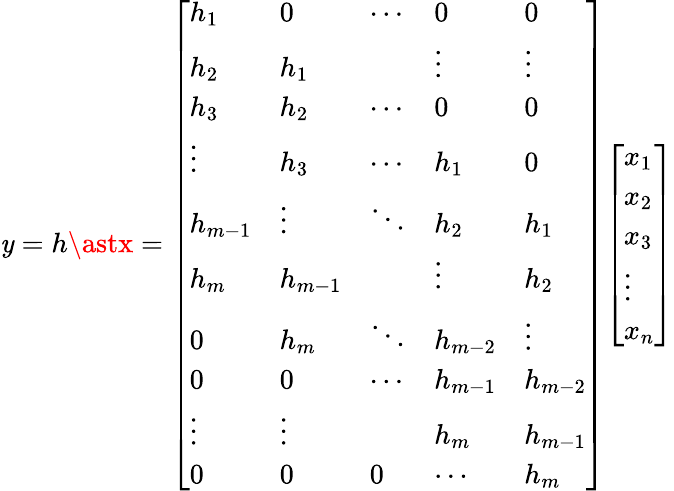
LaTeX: \mathit{y}=h\astx={\left[\begin{array}{lllll}{h_{1}}&{0}&{\cdots}&{0}&{0}\\ {h_{2}}&{h_{1}}&{}&{\vdots}&{\vdots}\\ {h_{3}}&{h_{2}}&{\cdots}&{0}&{0}\\ {\vdots}&{h_{3}}&{\cdots}&{h_{1}}&{0}\\ {h_{m-1}}&{\vdots}&{\ddots}&{h_{2}}&{h_{1}}\\ {h_{m}}&{h_{m-1}}&{}&{\vdots}&{h_{2}}\\ {0}&{h_{m}}&{\ddots}&{h_{m-2}}&{\vdots}\\ {0}&{0}&{\cdots}&{h_{m-1}}&{h_{m-2}}\\ {\vdots}&{\vdots}&{}&{h_{m}}&{h_{m-1}}\\ {0}&{0}&{0}&{\cdots}&{h_{m}}\end{array}\right]}{\left[\begin{array}{l}{x_{1}}\\ {x_{2}}\\ {x_{3}}\\ {\vdots}\\ {x_{n}}\end{array}\right]}